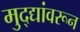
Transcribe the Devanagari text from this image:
मुद्द्यांवरून